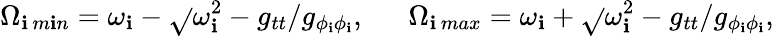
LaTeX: \Omega_{\mathbf{i}\, m\mathbf{i}n}=\omega_{\mathbf{i}}-\sqrt{}{{\omega_{\mathbf{i}}^{2}-g_{tt}/g_{\phi_{\mathbf{i}}\phi_{\mathbf{i}}}}},\ \ \ \ \ \ \Omega_{\mathbf{i}\, max}=\omega_{\mathbf{i}}+\sqrt{}{{\omega_{\mathbf{i}}^{2}-g_{tt}/g_{\phi_{\mathbf{i}}\phi_{\mathbf{i}}}}},